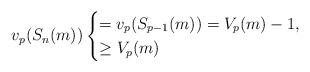
LaTeX: \begin{align*}v_p(S_n(m)) \begin{cases} =v_p(S_{p-1}(m))=V_p(m)-1,\\ \geq V_p(m)\qquad\qquad\qquad\qquad\, \quad\end{cases}\end{align*}